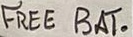
Text: FREE BAT.